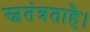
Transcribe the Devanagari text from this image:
स्वतंत्रताहै।